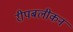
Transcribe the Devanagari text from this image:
रीपबलीकन